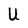
Character: U